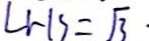
L H S = \sqrt { 3 }